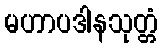
မဟာပဒါနသုတ္တံ